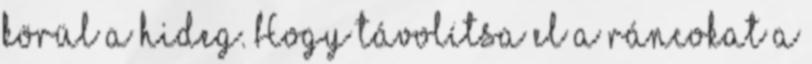
körül a hideg. Hogy távolítsa el a ráncokat a